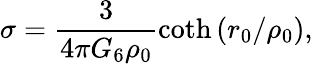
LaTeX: \sigma=\frac{3}{4\pi G_{6}\rho_{0}}\coth\left(r_{0}/\rho_{0}\right),